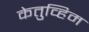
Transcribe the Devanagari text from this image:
केतुव्हिम